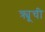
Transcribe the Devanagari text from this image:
क्र्यूची